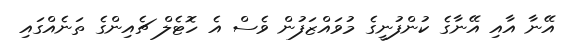
އޭނާ އާއި އޭނާގެ ކުންފުނީގެ މުވައްޒަފުން ވެސް އެ ހޮޓެލް ޗެއިންގެ ތަނެއްގައި